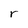
Character: r